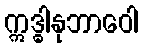
ဣဒ္ဓါနုဘာဝေါ